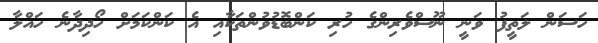
ހަސަން ލަތީފު ވަނީ ނޫސްވެރިންގެ ހުރި ކަންބޮޑުވުންތަކާއި އެ ކަންކަމަށް ހޯދިދާނެ ހައްލާ